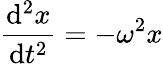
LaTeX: {\frac{\mathrm{d}^{2}x}{\mathrm{d}t^{2}}}=-\omega^{2}x